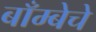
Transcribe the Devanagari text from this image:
बाँम्बेचे